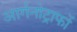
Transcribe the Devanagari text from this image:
आर्गनोट्राफों